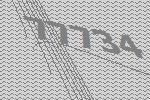
77734